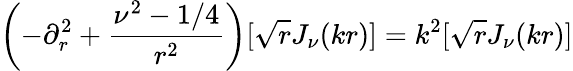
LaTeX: \left(-\partial_{r}^{2}+\frac{\nu^{2}-1/4}{r^{2}}\right)[\sqrt{r}J_{\nu}(kr)]=k^{2}[\sqrt{r}J_{\nu}(kr)]